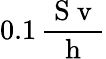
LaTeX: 0.1\, \frac{\mathrm{~S~v~}}{\mathrm{~h~}}